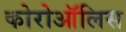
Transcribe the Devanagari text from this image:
कोरोऑलिस